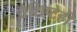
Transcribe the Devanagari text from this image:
वैशिष्टेही